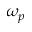
\omega _ { p }